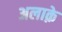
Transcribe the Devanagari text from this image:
अलाक़े